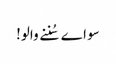
سو اے سُننے والو!